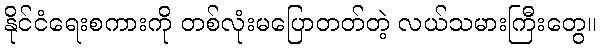
နိုင်ငံရေးစကားကို တစ်လုံးမပြောတတ်တဲ့ လယ်သမားကြီးတွေ။